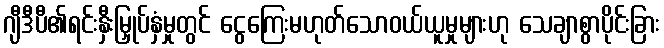
ဂျီဒီပီ၏ရင်းနှီးမြှုပ်နှံမှုတွင် ငွေကြေးမဟုတ်သောဝယ်ယူမှုများဟု သေချာစွာပိုင်းခြား